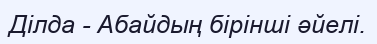
Ділда - Абайдың бірінші әйелі.